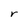
Character: r